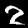
Digit: 2